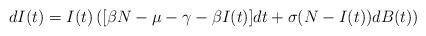
LaTeX: \begin{align*}dI(t)=I(t)\left([\beta N-\mu-\gamma-\beta I(t)]dt+\sigma(N-I(t))dB(t)\right)\end{align*}